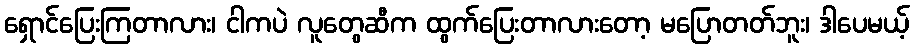
ရှောင်ပြေးကြတာလား၊ ငါကပဲ လူတွေဆီက ထွက်ပြေးတာလားတော့ မပြောတတ်ဘူး၊ ဒါပေမယ့်